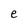
Character: e